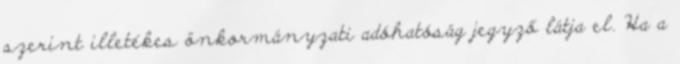
szerint illetékes önkormányzati adóhatóság jegyző látja el. Ha a